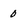
Character: 0